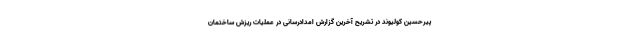
پیرحسین کولیوند در تشریح آخرین گزارش امدادرسانی در عملیات ریزش ساختمان